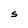
Character: S